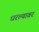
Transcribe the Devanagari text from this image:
धरल्यावर